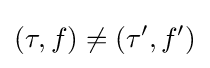
(\tau ,f)\neq (\tau ',f')